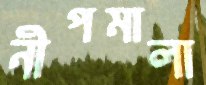
নীপমালা